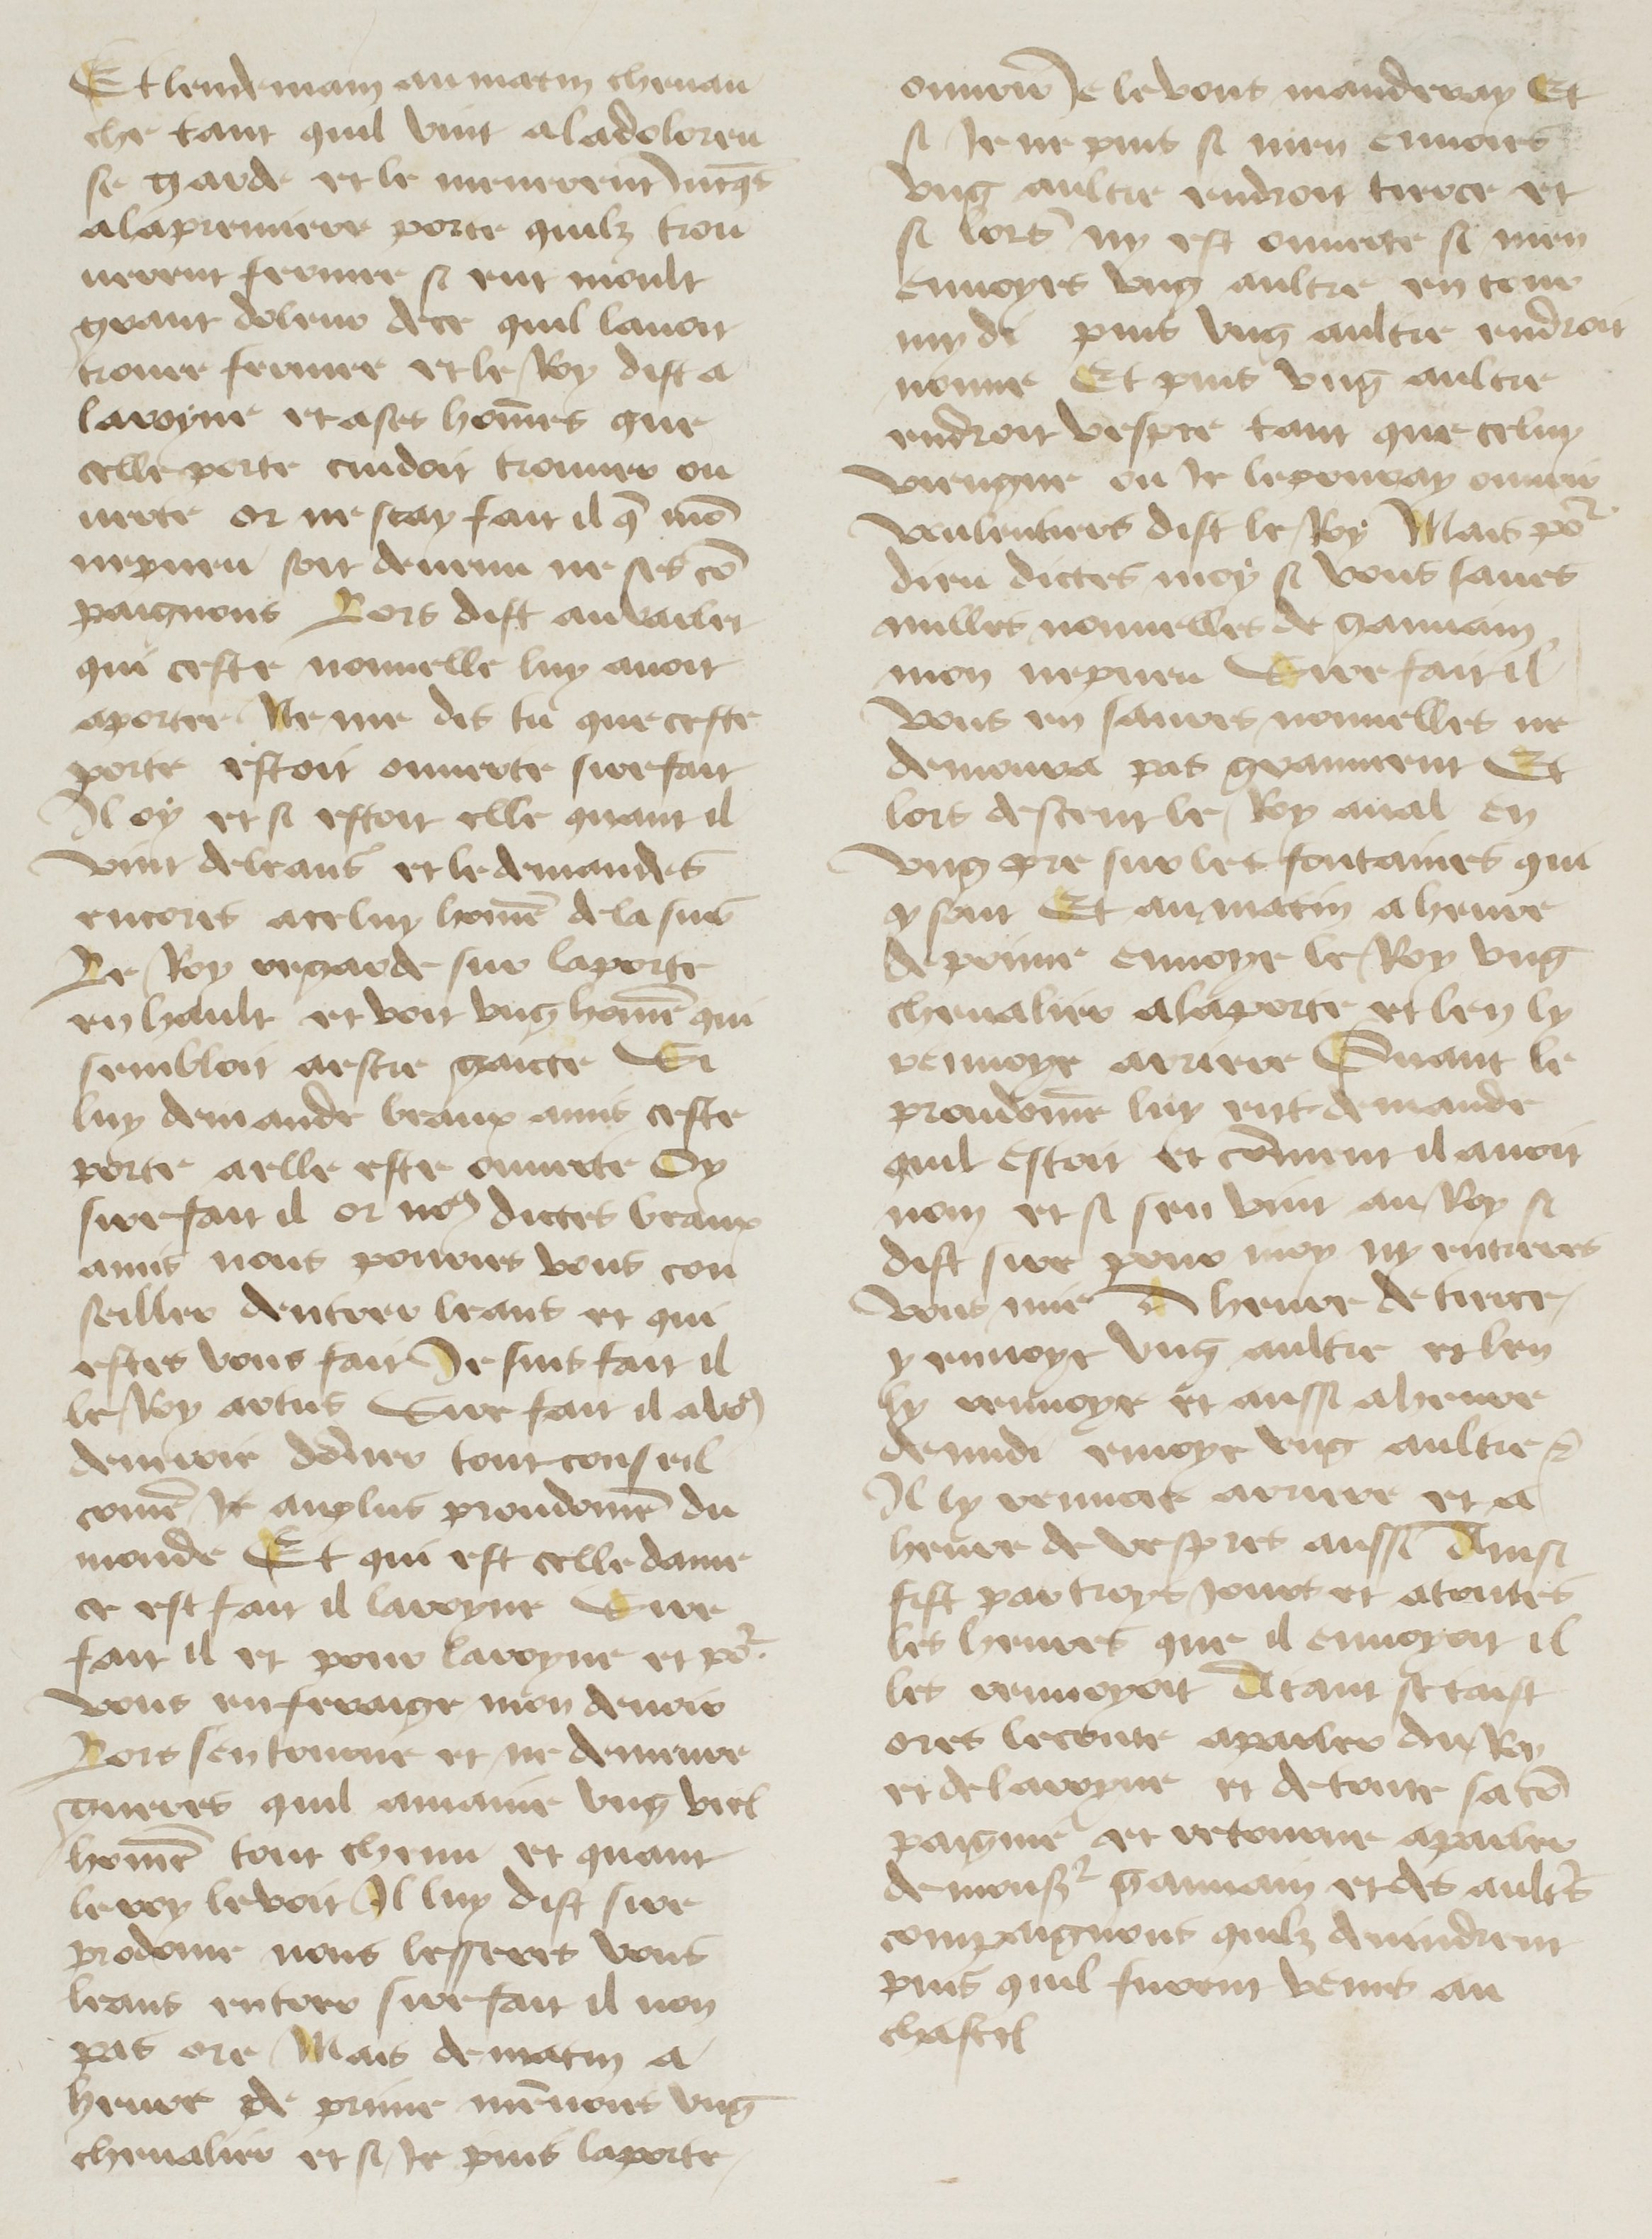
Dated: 1400–1499